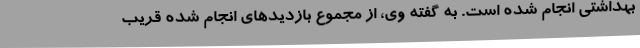
بهداشتی انجام شده است. به گفته وی، از مجموع بازدیدهای انجام شده قریب